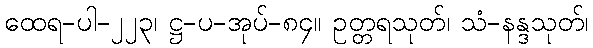
ထေရ-ပါ-၂၂၃၊ ဋ္ဌ-ပ-အုပ်-၈၄။ ဥတ္တရသုတ်၊ သံ-နန္ဒသုတ်၊